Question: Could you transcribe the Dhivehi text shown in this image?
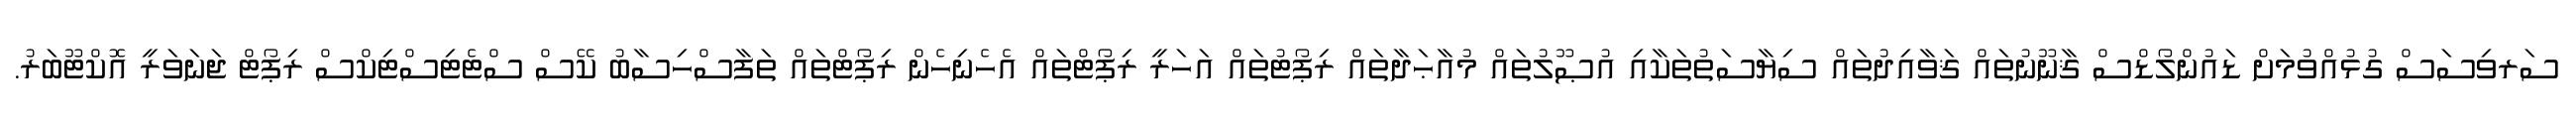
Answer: ސަރވިސަސް ގުޅުއްވުމަށް ޑައުންލޯޑްސް ޤާނޫނުތައް ޤަވާއިދުތައް ސިޔާސަތުތަކާއި އުޞޫލުތައް މުއާޙަދާތައް ރިޕޯޓުތައް އަހަރީ ރިޕޯޓްތައް އެހެނިހެން ރިޕޯޓްތައް ތަފާސްހިސާބު ކޭސް ސްޓެޓިސްޓިކްސް ރިޕޯޓް ޖަނަވަރީ އޮކްޓޫބަރު.